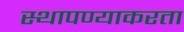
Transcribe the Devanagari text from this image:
स्थापण्याकरता